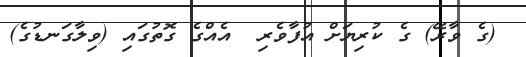
(ގެ ވާރޭ) ގެ ކުރިޔަށް އުފާވެރި  އެއްގެ ގޮތުގައި (ވިލާގަނޑުގެ)